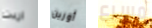
اردت أورين مسرع